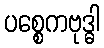
ပစ္စေကဗုဒ္ဓါ